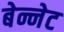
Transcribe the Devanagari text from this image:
बेन्नेट